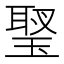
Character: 𤧬